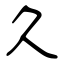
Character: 久